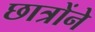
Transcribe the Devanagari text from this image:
छात्रोंने